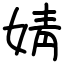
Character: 婧